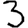
Digit: 3